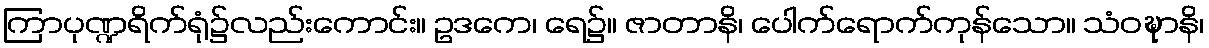
ကြာပုဏ္ဍရိက်ရုံ၌လည်းကောင်း။ ဥဒကေ၊ ရေ၌။ ဇာတာနိ၊ ပေါက်ရောက်ကုန်သော။ သံဝဍ္ဎာနိ၊